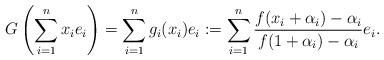
LaTeX: \begin{align*}G\left(\sum_{i=1}^{n}x_{i}e_{i}\right)=\sum_{i=1}^{n}g_{i}(x_{i})e_{i}:=\sum_{i=1}^{n}\frac{f(x_{i}+\alpha_{i})-\alpha_{i}}{f(1+\alpha_{i})-\alpha_{i}}e_{i}.\end{align*}